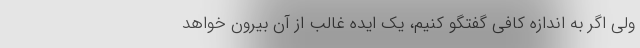
ولی اگر به اندازه کافی گفتگو کنیم، یک ایده غالب از آن بیرون خواهد